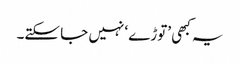
یہ کبھی ’توڑے‘ نہیں جا سکتے۔